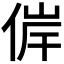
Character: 𠊀